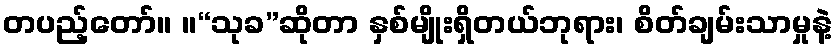
တပည့်တော်။ ။“သုခ”ဆိုတာ နှစ်မျိုးရှိတယ်ဘုရား၊ စိတ်ချမ်းသာမှုနဲ့